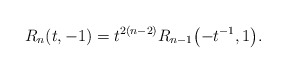
\begin{gather*}R_{n}(t,-1) = t^{2(n-2)} R_{n-1}\big({-}t^{-1}, 1\big).\end{gather*}